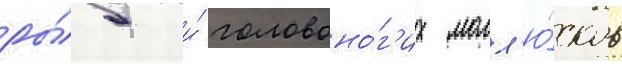
ры́б и́ головоно́г'их молл'ю́сков